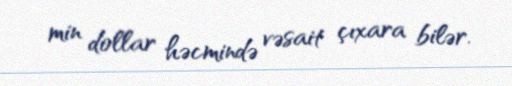
min dollar həcmində vəsait çıxara bilər.